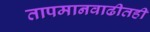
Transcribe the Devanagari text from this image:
तापमानवाढीतही